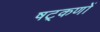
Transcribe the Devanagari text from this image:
षट्‌कणों